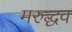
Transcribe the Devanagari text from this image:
मरुद्धव